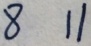
8 1 1